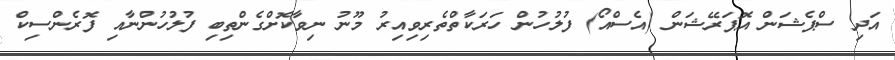
އަދި ސްޕެޝަން އޮޕަރޭޝަން (އެސްއޯ) ފުލުހުން ހަރަކާތްތެރިވިއިރު މޫނު ނިވާކޮށްގެންތިބި ފުލުހުންނާއި ފޮރެންސިކް